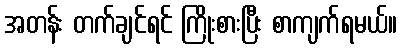
အတန်း တက်ချင်ရင် ကြိုးစားပြီး စာကျက်ရမယ်။